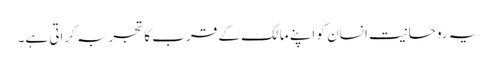
یہ روحانیت انسان کو اپنے مالک کے قرب کا تجربہ کراتی ہے۔